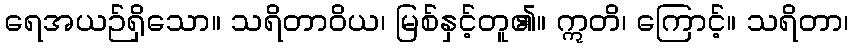
ရေအယဉ်ရှိသော။ သရိတာဝိယ၊ မြစ်နှင့်တူ၏။ ဣတိ၊ ကြောင့်။ သရိတာ၊